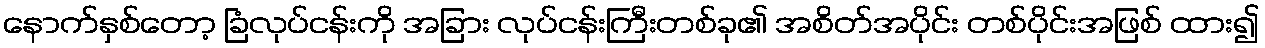
နောက်နှစ်တော့ ခြံလုပ်ငန်းကို အခြား လုပ်ငန်းကြီးတစ်ခု၏ အစိတ်အပိုင်း တစ်ပိုင်းအဖြစ် ထား၍